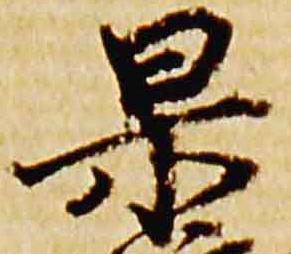
杲